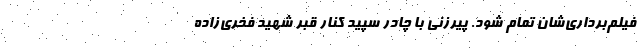
فیلم‌برداری‌شان تمام شود. پیرزنی با چادر سپید کنار قبر شهید فخری‌زاده